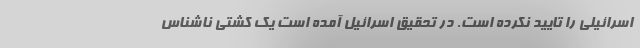
اسرائیلی را تایید نکرده است. در تحقیق اسرائیل آمده است یک کشتی ناشناس